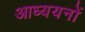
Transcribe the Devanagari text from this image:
आध्ययनों